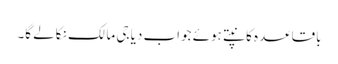
باقاعدہ کانپتے ہوئے جواب دیا جی مالک نکالے گا۔